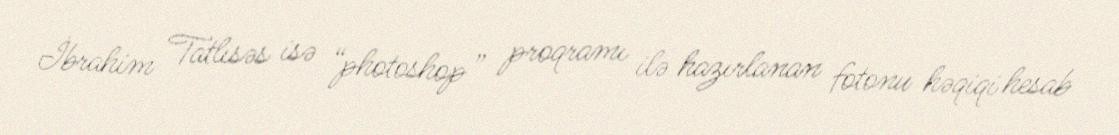
İbrahim Tatlısəs isə “photoshop” proqramı ilə hazırlanan fotonu həqiqi hesab